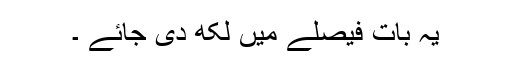
یہ بات فیصلے میں لکھ دی جائے ۔